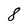
Character: 8